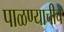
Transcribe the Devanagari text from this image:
पाळण्याचीच